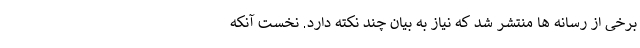
برخی از رسانه ها منتشر شد که نیاز به بیان چند نکته دارد. نخست آنکه